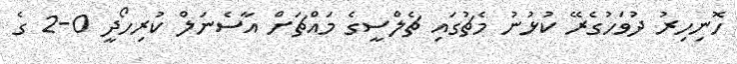
ހޮނިހިރު ދުވަހުގެރޭ ކުޅުނު މެޗުގައި ޗެލްސީގެ މައްޗަށް އާސެނަލް ކުރިހޯދީ 0-2 ގެ